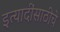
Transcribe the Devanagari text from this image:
इत्यादींसाठीचे